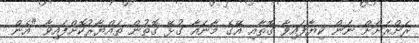
ރަށްރަށަށް ނަން ކިޔާފައިވާ ގޮތާއި އޭގެ މާނައާ ގުޅޭ ގޮތުން ތައްޔާރުކޮށްފައިވާ "އެން